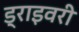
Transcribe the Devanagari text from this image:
ड्राइवरी